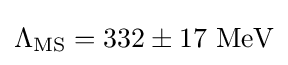
\Lambda _{\rm {MS}}=332\pm 17{\text{ MeV}}